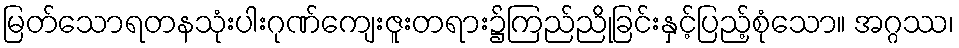
မြတ်သောရတနသုံးပါးဂုဏ်ကျေးဇူးတရား၌ကြည်ညိုခြင်းနှင့်ပြည့်စုံသော။ အဂ္ဂဿ၊